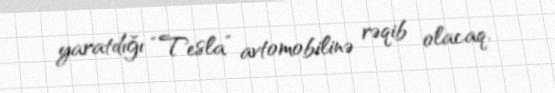
yaratdığı “Tesla” avtomobilinə rəqib olacaq.